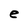
Character: e